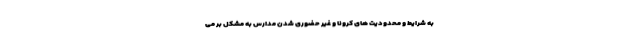
به شرایط و محدودیت های کرونا و غیر حضوری شدن مدارس به مشکل بر می